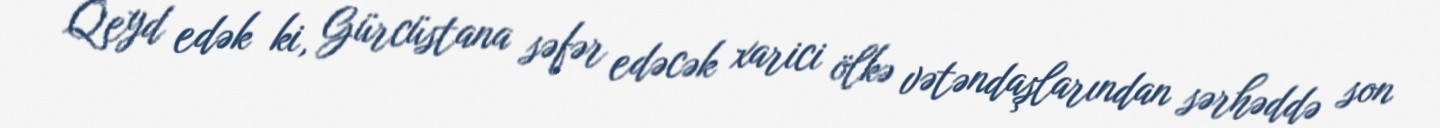
Qeyd edək ki, Gürcüstana səfər edəcək xarici ölkə vətəndaşlarından sərhəddə son